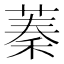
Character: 蓁